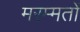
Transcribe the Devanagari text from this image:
मरम्मतों